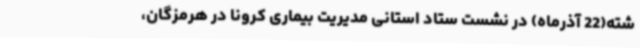
شته(22 آذرماه) در نشست ستاد استانی مدیریت بیماری کرونا در هرمزگان،